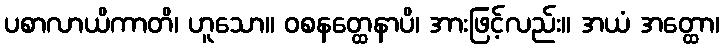
ပစာလာယိကာတိ၊ ဟူသော။ ဝစနတ္ထေနာပိ၊ အားဖြင့်လည်း။ အယံ အတ္ထော၊